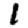
Digit: 1